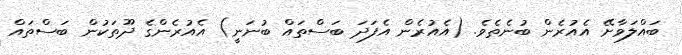
ބައްލަވާށޭ އެއުރެން ބުނެތެވެ. (އެއުރެން އެފަދަ ބަސްތައް ބުނަނީ) އެއުރެންގެ ދޫތަކުން ބަސްތައް